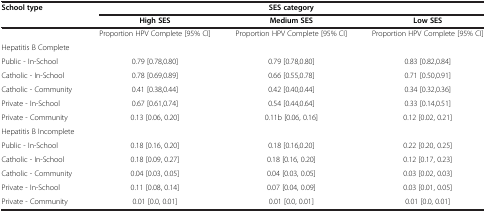
| School type | <COLSPAN=3> SES category |
 |  | High SES | Medium SES | Low SES |
 | --- | --- | --- | --- |
 |  | Proportion HPV Complete [95% CI] | Proportion HPV Complete [95% CI] | Proportion HPV Complete [95% CI] |
 | Hepatitis B Complete |  |  |  |
 | Public - In-School | 0.79 [0.78,0.80] | 0.79 [0.78,0.80] | 0.83 [0.82,0.84] |
 | Catholic - In-School | 0.78 [0.69,0.89] | 0.66 [0.55,0.78] | 0.71 [0.50,0.91] |
 | Catholic - Community | 0.41 [0.38,0.44] | 0.42 [0.40,0.44] | 0.34 [0.32,0.36] |
 | Private - In-School | 0.67 [0.61,0.74] | 0.54 [0.44,0.64] | 0.33 [0.14,0.51] |
 | Private - Community | 0.13 [0.06, 0.20] | 0.11b [0.06, 0.16] | 0.12 [0.02, 0.21] |
 | Hepatitis B Incomplete |  |  |  |
 | Public - In-School | 0.18 [0.16, 0.20] | 0.18 [0.16,0.20] | 0.22 [0.20, 0.25] |
 | Catholic - In-School | 0.18 [0.09, 0.27] | 0.18 [0.16, 0.20] | 0.12 [0.17, 0.23] |
 | Catholic - Community | 0.04 [0.03, 0.05] | 0.04 [0.03, 0.05] | 0.03 [0.02, 0.03] |
 | Private - In-School | 0.11 [0.08, 0.14] | 0.07 [0.04, 0.09] | 0.03 [0.01, 0.05] |
 | Private - Community | 0.01 [0.0, 0.01] | 0.01 [0.0, 0.01] | 0.01 [0.0, 0.01] |